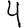
Digit: 4